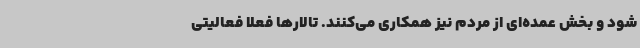
شود و بخش عمده‌ای از مردم نیز همکاری می‌کنند. تالارها فعلا فعالیتی